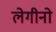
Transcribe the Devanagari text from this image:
लेगीनो